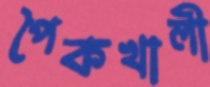
পৈকখালী